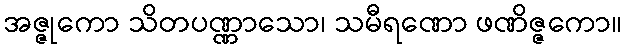
အဇ္ဇုကော သိတပဏ္ဏာသော၊ သမီရဏော ဖဏိဇ္ဇကော။